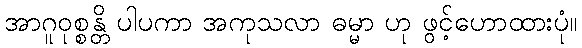
အာဂူဝုစ္စန္တိ ပါပကာ အကုသလာ ဓမ္မာ ဟု ဖွင့်ဟောထားပုံ။